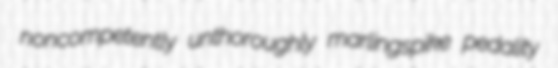
noncompetently unthoroughly marlingspike pedality